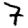
Digit: 7